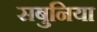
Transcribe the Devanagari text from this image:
सबुनिया